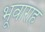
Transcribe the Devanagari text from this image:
भूवाराह